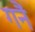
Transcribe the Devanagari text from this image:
गनैं